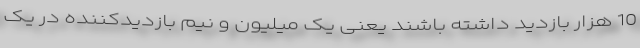
10 هزار بازدید داشته باشند یعنی یک میلیون و نیم بازدیدکننده در یک